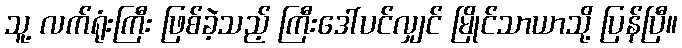
သူ့ လက်ရုံးကြီး ဖြစ်ခဲ့သည့် ကြီးဒေါ်ပင်လျှင် မြိုင်သာယာသို့ ပြန်ပြီ။